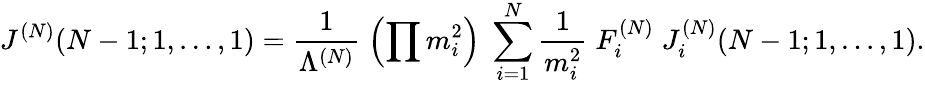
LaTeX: J^{(N)}(N-1;1,\ldots,1)=\frac{1}{\Lambda^{(N)}}\; \left(\prod m_{i}^{2}\right)\; \sum_{i=1}^{N}\frac{1}{m_{i}^{2}}\; F_{i}^{(N)}\; J_{i}^{(N)}(N-1;1,\ldots,1).